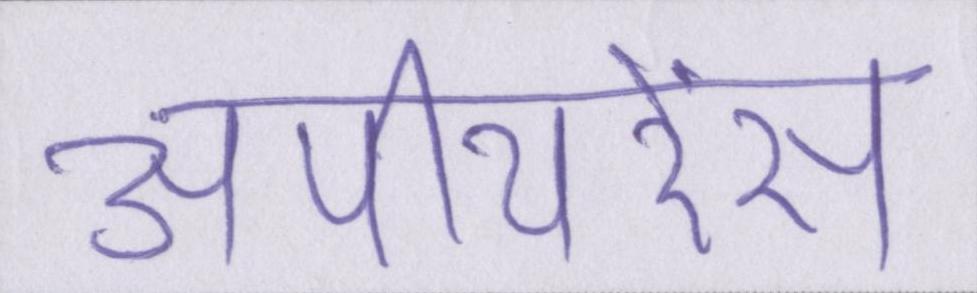
अपीयरेंस